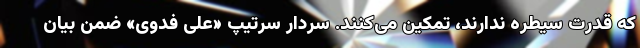
که قدرت سیطره ندارند، تمکین می‌کنند. سردار سرتیپ «علی فدوی» ضمن بیان